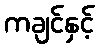
ကချင်နှင့်